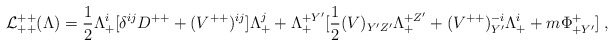
\begin{align*}{\cal L}^{++}_{++}(\Lambda) = {1\over 2}\Lambda^i_+[\delta^{ij} D^{++} + (V^{++})^{ij}]\Lambda^j_+ + \Lambda^{+Y'}_+[{1\over 2}(V)_{Y'Z'} \Lambda^{+Z'}_+ +(V^{++})^{-i}_{Y'} \Lambda^{i}_+ + m\Phi^+_{+Y'}]\; ,\end{align*}